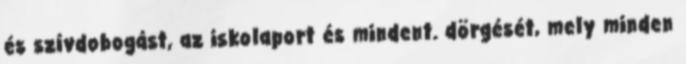
és szívdobogást, az iskolaport és mindent. dörgését, mely minden